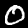
Label: 0